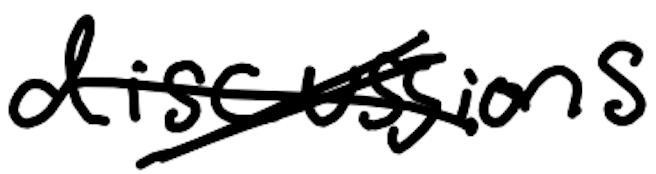
Text: discussions
Cross-out: cross
Writing tool: digital_black